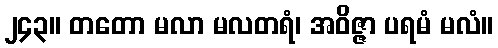
၂၄၃။ တတော မလာ မလတရံ၊ အဝိဇ္ဇာ ပရမံ မလံ။